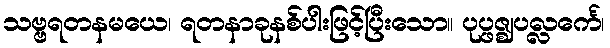
သဗ္ဗရတနမယေ၊ ရတနာခုနစ်ပါးဖြင့်ပြီးသော။ ပုပ္ဖဇ္ဈပလ္လင်္ကေ၊